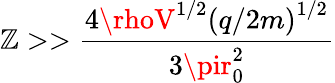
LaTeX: \mathbb{Z}>>\frac{{4\rhoV^{1/2}\left(q/2m\right)^{1/2}}}{{3\pir_{0}^{2}}}